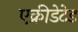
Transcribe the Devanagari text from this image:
एक्रीडेटेड